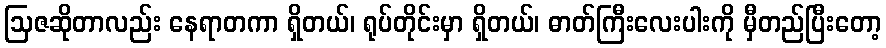
ဩဇဆိုတာလည်း နေရာတကာ ရှိတယ်၊ ရုပ်တိုင်းမှာ ရှိတယ်၊ ဓာတ်ကြီးလေးပါးကို မှီတည်ပြီးတော့